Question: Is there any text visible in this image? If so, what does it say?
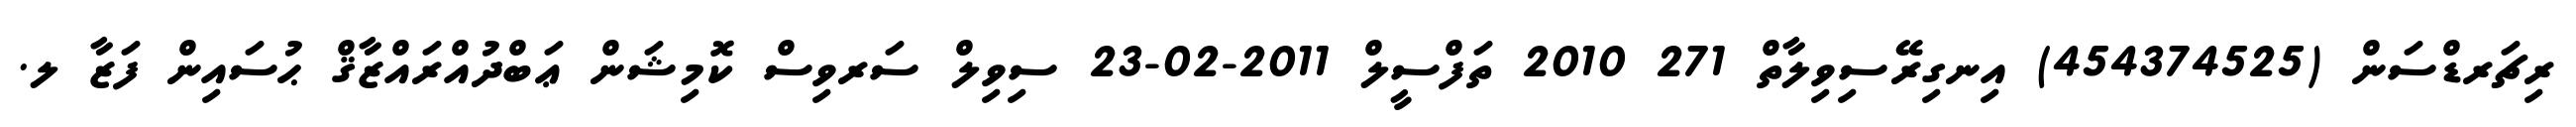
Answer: ރިޗަރޑްސަން (454374525) އިނގިރޭސިވިލާތް 271 2010 ތަފްސީލް 2011-02-23 ސިވިލް ސަރވިސް ކޮމިޝަން ޢަބްދުއްރައްޒާޤް ޙުސައިން ފަޒާ ލ.